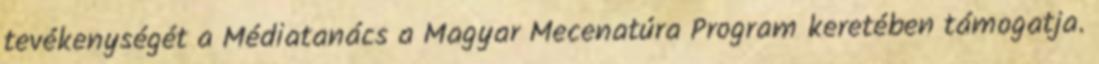
tevékenységét a Médiatanács a Magyar Mecenatúra Program keretében támogatja.